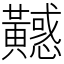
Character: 𪏤